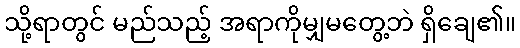
သို့ရာတွင် မည်သည့် အရာကိုမျှမတွေ့ဘဲ ရှိချေ၏။